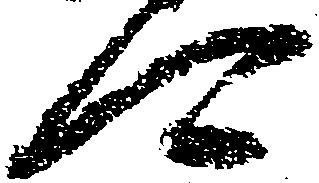
可